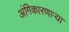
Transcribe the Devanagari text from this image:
अंगिकारणाऱ्या